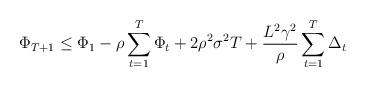
LaTeX: \begin{align*}\Phi_{T+1}\leq \Phi_1 - \rho\sum_{t=1}^T \Phi_t + 2\rho^2\sigma^2T + \frac{L^2\gamma^2}{\rho}\sum_{t=1}^T \Delta_t\end{align*}